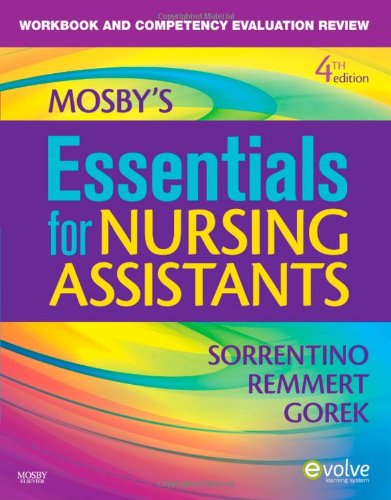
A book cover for Workbook and Competency Evaluation Review for Mosby's Essentials for Nursing Assistants, 4e; Sheila A. Sorrentino PhD  RN; Medical Books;